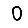
Digit: 0